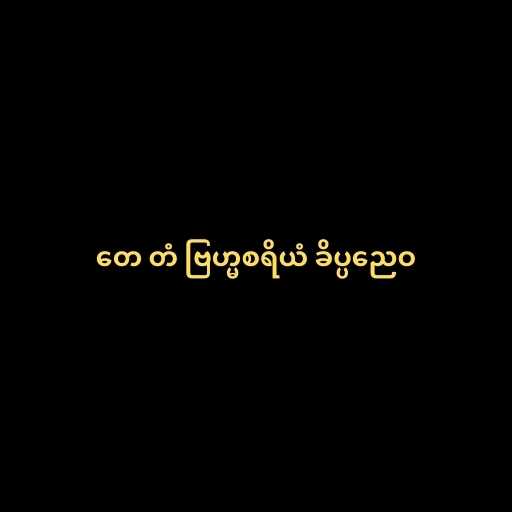
တေ တံ ဗြဟ္မစရိယံ ခိပ္ပညေဝ